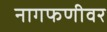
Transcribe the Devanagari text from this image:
नागफणीवर